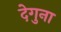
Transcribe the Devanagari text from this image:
देगुना